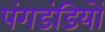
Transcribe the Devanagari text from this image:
पंगडंडियों